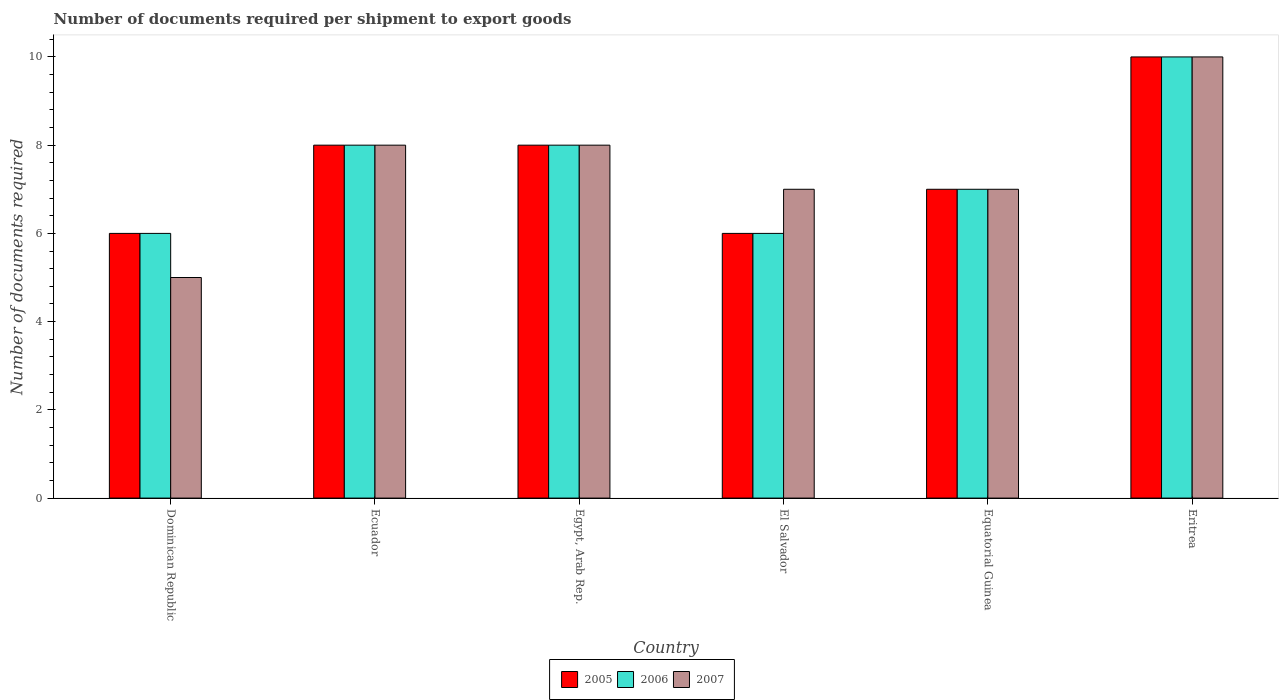
| Country | 2005 | 2006 | 2007 |
 | --- | --- | --- | --- |
 | Dominican Republic | 6 | 6 | 5 |
 | Ecuador | 8 | 8 | 8 |
 | Egypt, Arab Rep. | 8 | 8 | 8 |
 | El Salvador | 6 | 6 | 7 |
 | Equatorial Guinea | 7 | 7 | 7 |
 | Eritrea | 10 | 10 | 10 |